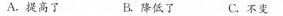
A.提高了 B.降低了C.不变